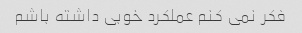
فکر نمی کنم عملکرد خوبی داشته باشم